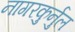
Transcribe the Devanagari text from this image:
नागरकुर्नुल